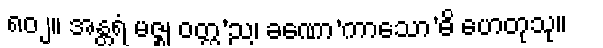
၈၀၂။ အန္တရံ မဇ္ဈ ဝတ္ထ’ည၊ ခဏော’ကာသော’ဓိ ဟေတုသု။